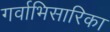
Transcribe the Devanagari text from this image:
गर्वाभिसारिका